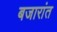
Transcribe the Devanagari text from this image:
बजारांत